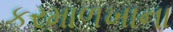
કરમાળખાના